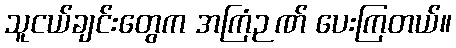
သူငယ်ချင်းတွေက အကြံဉဏ် ပေးကြတယ်။